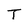
Character: T